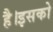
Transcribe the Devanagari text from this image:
है।इसको